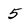
Character: 5